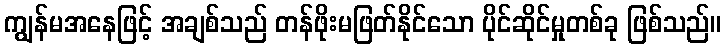
ကျွန်မအနေဖြင့် အချစ်သည် တန်ဖိုးမဖြတ်နိုင်သော ပိုင်ဆိုင်မှုတစ်ခု ဖြစ်သည်။